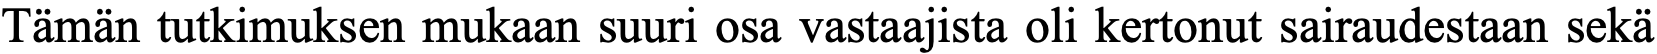
Tämän tutkimuksen mukaan suuri osa vastaajista oli kertonut sairaudestaan sekä